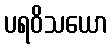
ပရဝိသယော